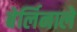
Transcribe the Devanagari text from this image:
बेर्लिनाले